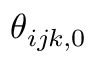
\theta _ { i j k , 0 }